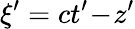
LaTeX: \xi^{\prime}=ct^{\prime}\! -\! z^{\prime}